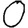
Digit: 0